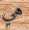
هي